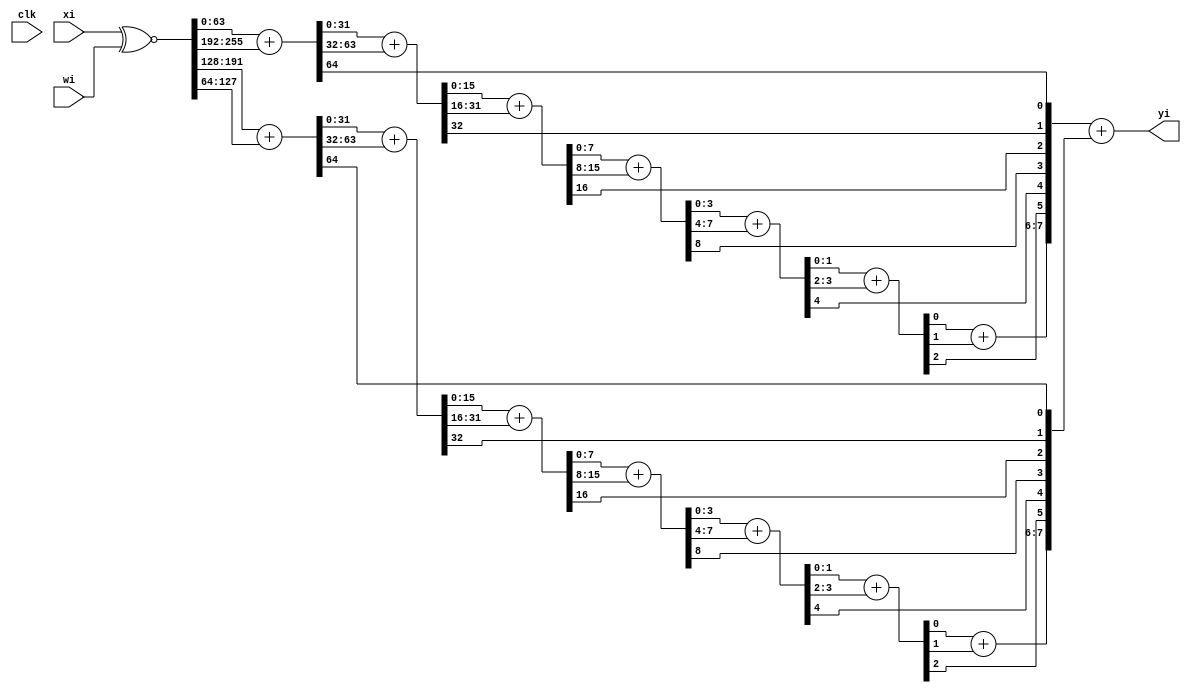
module xnor_popcount_arch1_256 (clk, xi, wi, yi);
	input clk;
  input [255:0]xi; 
  input [255:0]wi; 
  output [8:0]yi; 
  
  wire [255:0] xnor_out;

  assign xnor_out = xi ~^ wi;
    
  wire  [63:0] sum0_1;
  wire  [31:0] sum0_2;
  wire  [15:0] sum0_3;
  wire  [7:0] sum0_4;
  wire  [3:0] sum0_5;
  wire  [1:0] sum0_6;
	wire  [7:0] cout0;
	
	wire  [63:0] sum1_1;
  wire  [31:0] sum1_2;
  wire  [15:0] sum1_3;
  wire  [7:0] sum1_4;
  wire  [3:0] sum1_5;
  wire  [1:0] sum1_6;
	wire  [7:0] cout1;
	
  assign   {cout0[0], sum0_1}   = xnor_out[0+:64] + xnor_out[192+:64] ;
  assign   {cout0[1], sum0_2}   = sum0_1[0+:32] + sum0_1[32+:32];
  assign   {cout0[2], sum0_3}   = sum0_2[0+:16] + sum0_2[16+:16];
  assign   {cout0[3], sum0_4}   = sum0_3[0+:8] + sum0_3[8+:8];
  assign   {cout0[4], sum0_5}   = sum0_4[0+:4] + sum0_4[4+:4];
  assign   {cout0[5], sum0_6}   = sum0_5[0+:2] + sum0_5[2+:2];
  assign   {cout0[7], cout0[6]} = sum0_6[0] + sum0_6[1];

	assign   {cout1[0], sum1_1}   = xnor_out[128+:64] + xnor_out[64+:64] ;
  assign   {cout1[1], sum1_2}   = sum1_1[0+:32] + sum1_1[32+:32];
  assign   {cout1[2], sum1_3}   = sum1_2[0+:16] + sum1_2[16+:16];
  assign   {cout1[3], sum1_4}   = sum1_3[0+:8] + sum1_3[8+:8];
  assign   {cout1[4], sum1_5}   = sum1_4[0+:4] + sum1_4[4+:4];
  assign   {cout1[5], sum1_6}   = sum1_5[0+:2] + sum1_5[2+:2];
  assign   {cout1[7], cout1[6]} = sum1_6[0] + sum1_6[1];
	
	assign	yi = cout0 + cout1;
	
endmodule

module xnor_popcount_arch1_256_reg (clk, xi, wi, yi);
	input clk;
  input [255:0]xi; 
  input [255:0]wi; 
  output [8:0]yi; 
  
  wire [255:0] xnor_out;
	wire  [7:0] cout0;
	wire  [7:0] cout1;

  xnor_popcount_arch1_128_reg xnor_popcount_128_reg0 (clk, xi[  0+:128], wi[  0+:128], cout0);
  xnor_popcount_arch1_128_reg xnor_popcount_128_reg1 (clk, xi[128+:128], wi[128+:128], cout1);

	assign	yi = cout0 + cout1;
	
endmodule



module xnor_popcount_arch1_128 (clk, xi, wi, yi);
	input clk;
  input [127:0]xi; 
  input [127:0]wi; 
  output [7:0]yi; 
  
  wire [127:0] xnor_out;

  assign xnor_out = xi ~^ wi;
    
  wire [63:0] sum_1;
  wire [31:0] sum_2;
  wire [15:0] sum_3;
  wire [7:0] sum_4;
  wire [3:0] sum_5;
  wire [1:0] sum_6;
	wire [7:0] cout;

  assign {cout[0], sum_1} = xnor_out[0+:64] + xnor_out[64+:64] ;
  assign {cout[1], sum_2} = sum_1[0+:32] + sum_1[32+:32];
  assign {cout[2], sum_3} = sum_2[0+:16] + sum_2[16+:16];
  assign {cout[3], sum_4} = sum_3[0+:8] + sum_3[8+:8];
  assign {cout[4], sum_5} = sum_4[0+:4] + sum_4[4+:4];
	assign {cout[5], sum_6} = sum_5[0+:2] + sum_5[2+:2];
	
  assign {cout[7], cout[6]} = sum_6[0] + sum_6[1];

	assign yi = cout;
	
endmodule

// LATENCY: 2 cycles
module xnor_popcount_arch1_128_reg (clk, xi, wi, yi);
	input clk;
  input [127:0]xi; 
  input [127:0]wi; 
  output [7:0]yi; 
  
  wire [127:0] xnor_out;

  assign xnor_out = xi ~^ wi;
    
  wire [63:0] sum_1;
  wire [31:0] sum_2;
  wire [15:0] sum_3;
  wire [7:0] sum_4;
  wire [3:0] sum_5;
  wire [1:0] sum_6;
	wire [7:0] cout;
 
  reg s0, s0_2;
  reg s1;
  reg [63:0]sum;
  reg [31:0]sum_r2;

  always @ (posedge clk) begin
    {s0, sum} <= xnor_out[0+:64] + xnor_out[64+:64];
    {s1, sum_r2} <= sum_1[0+:32] + sum_1[32+:32];
    s0_2 <= s0;
  end 

  //assign {cout[0], sum_1} = xnor_out[0+:64] + xnor_out[64+:64] ;
  assign cout[0] = s0_2;
  assign sum_1 = sum;

  //assign {cout[1], sum_2} = sum_1[0+:32] + sum_1[32+:32];
  assign cout[1] = s1;
  assign sum_2 = sum_r2;

  assign {cout[2], sum_3} = sum_2[0+:16] + sum_2[16+:16];
  assign {cout[3], sum_4} = sum_3[0+:8] + sum_3[8+:8];
  assign {cout[4], sum_5} = sum_4[0+:4] + sum_4[4+:4];
	assign {cout[5], sum_6} = sum_5[0+:2] + sum_5[2+:2];
	
  assign {cout[7], cout[6]} = sum_6[0] + sum_6[1];

	assign yi = cout;
	
endmodule

module xnor_popcount_arch1_64 (clk, xi, wi, yi);
	input clk;
  input [63:0]xi; 
  input [63:0]wi; 
  output [6:0]yi; 
  
  wire [63:0] xnor_out;

  assign xnor_out = xi ~^ wi;
    
  wire [31:0] sum_2;
  wire [15:0] sum_3;
  wire [7:0] sum_4;
  wire [3:0] sum_5;
  wire [1:0] sum_6;
	wire [7:0] cout;

  assign {cout[0], sum_2} = xnor_out[0+:32] + xnor_out[32+:32];
  assign {cout[1], sum_3} = sum_2[0+:16] + sum_2[16+:16];
  assign {cout[2], sum_4} = sum_3[0+:8] + sum_3[8+:8];
  assign {cout[3], sum_5} = sum_4[0+:4] + sum_4[4+:4];
  assign {cout[4], sum_6} = sum_5[0+:2] + sum_5[2+:2];
  assign {cout[6], cout[5]} = sum_6[0] + sum_6[1];

  assign	yi = cout;
	
endmodule

// LATENCY: 1 cycle
module xnor_popcount_arch1_64_reg (clk, xi, wi, yi);
	input clk;
  input [63:0]xi; 
  input [63:0]wi; 
  output [6:0]yi; 
  
  wire [63:0] xnor_out;

  assign xnor_out = xi ~^ wi;
    
  wire [31:0] sum_2;
  wire [15:0] sum_3;
  wire [7:0] sum_4;
  wire [3:0] sum_5;
  wire [1:0] sum_6;
	wire [7:0] cout;

  reg s0;
  reg [31:0]sum;

  always @(posedge clk) begin
    {s0, sum} <= xnor_out[0+:32] + xnor_out[32+:32];

  end

  //assign {cout[0], sum_2} = xnor_out[0+:32] + xnor_out[32+:32];
  assign cout[0] = s0;
  assign sum_2 = sum;

  assign {cout[1], sum_3} = sum_2[0+:16] + sum_2[16+:16];
  assign {cout[2], sum_4} = sum_3[0+:8] + sum_3[8+:8];
  assign {cout[3], sum_5} = sum_4[0+:4] + sum_4[4+:4];
  assign {cout[4], sum_6} = sum_5[0+:2] + sum_5[2+:2];
  assign {cout[6], cout[5]} = sum_6[0] + sum_6[1];

  assign	yi = cout;
	
endmodule

module xnor_popcount_arch1_32 (clk, xi, wi, yi);
	input clk;
  input [31:0]xi; 
  input [31:0]wi; 
  output [5:0]yi; 
  
  wire [31:0] xnor_out;

  assign xnor_out = xi ~^ wi;
    
  wire [15:0] sum_3;
  wire [7:0] sum_4;
  wire [3:0] sum_5;
  wire [1:0] sum_6;
	wire [7:0] cout;

  assign {cout[0], sum_3} = xnor_out[0+:16] + xnor_out[16+:16];
  assign {cout[1], sum_4} = sum_3[0+:8] + sum_3[8+:8];
  assign {cout[2], sum_5} = sum_4[0+:4] + sum_4[4+:4];
  assign {cout[3], sum_6} = sum_5[0+:2] + sum_5[2+:2];
  assign {cout[5], cout[4]} = sum_6[0] + sum_6[1];

	assign yi = cout;
	
endmodule

// LATENCY: 1 cycle
module xnor_popcount_arch1_32_reg (clk, xi, wi, yi);
	input clk;
  input [31:0]xi; 
  input [31:0]wi; 
  output [5:0]yi; 
  
  wire [31:0] xnor_out;

  assign xnor_out = xi ~^ wi;
    
  wire [15:0] sum_3;
  wire [7:0] sum_4;
  wire [3:0] sum_5;
  wire [1:0] sum_6;
	wire [7:0] cout;

  reg s0;
  reg [15:0]sum;
  
  always @ (posedge clk) begin
    {s0, sum} <= xnor_out[0+:16] + xnor_out[16+:16];
  end

  //assign {cout[0], sum_3} = xnor_out[0+:16] + xnor_out[16+:16];
  assign cout[0] = s0;
  assign sum_3 = sum;

  assign {cout[1], sum_4} = sum_3[0+:8] + sum_3[8+:8];
  assign {cout[2], sum_5} = sum_4[0+:4] + sum_4[4+:4];
  assign {cout[3], sum_6} = sum_5[0+:2] + sum_5[2+:2];
  assign {cout[5], cout[4]} = sum_6[0] + sum_6[1];

	assign yi = cout;
	
endmodule